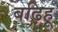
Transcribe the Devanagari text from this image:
बढ़िहू